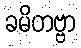
ခမိတဗ္ဗာ